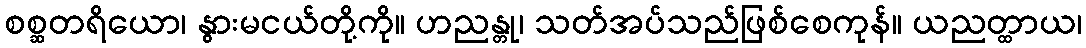
စစ္ဆတရိယော၊ နွားမငယ်တို့ကို။ ဟညန္တု၊ သတ်အပ်သည်ဖြစ်စေကုန်။ ယညတ္ထာယ၊